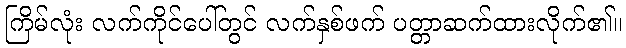
ကြိမ်လုံး လက်ကိုင်ပေါ်တွင် လက်နှစ်ဖက် ပတ္တာဆက်ထားလိုက်၏။